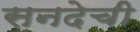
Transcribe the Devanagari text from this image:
सनदेची